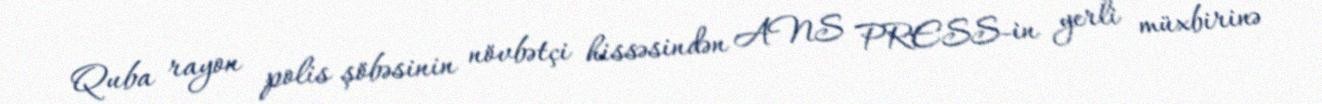
Quba rayon polis şöbəsinin növbətçi hissəsindən ANS PRESS-in yerli müxbirinə